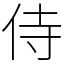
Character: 侍